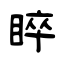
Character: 睟